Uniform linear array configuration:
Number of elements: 16
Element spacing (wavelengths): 0.75
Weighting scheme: hamming
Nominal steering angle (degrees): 60
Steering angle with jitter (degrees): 58.581
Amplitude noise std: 0.05
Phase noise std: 0.05

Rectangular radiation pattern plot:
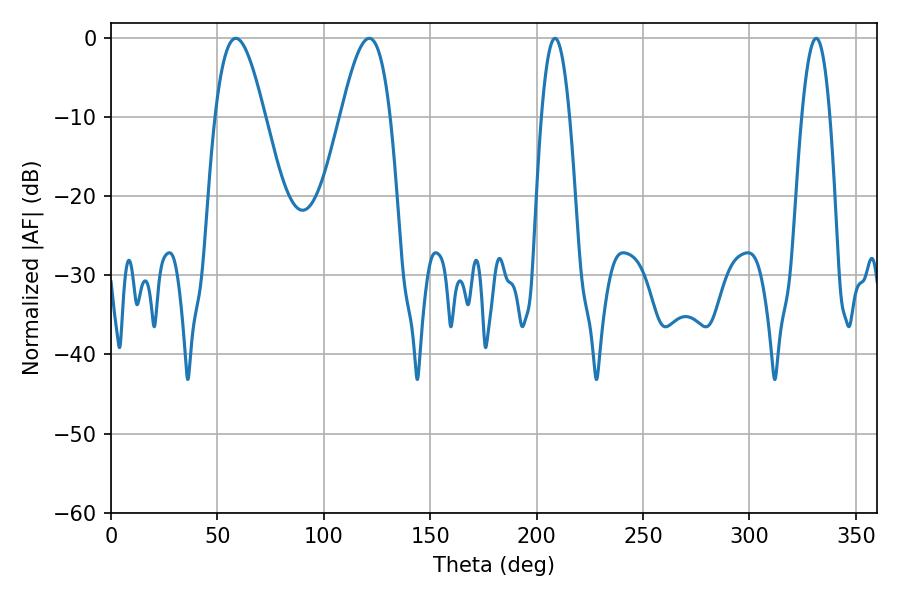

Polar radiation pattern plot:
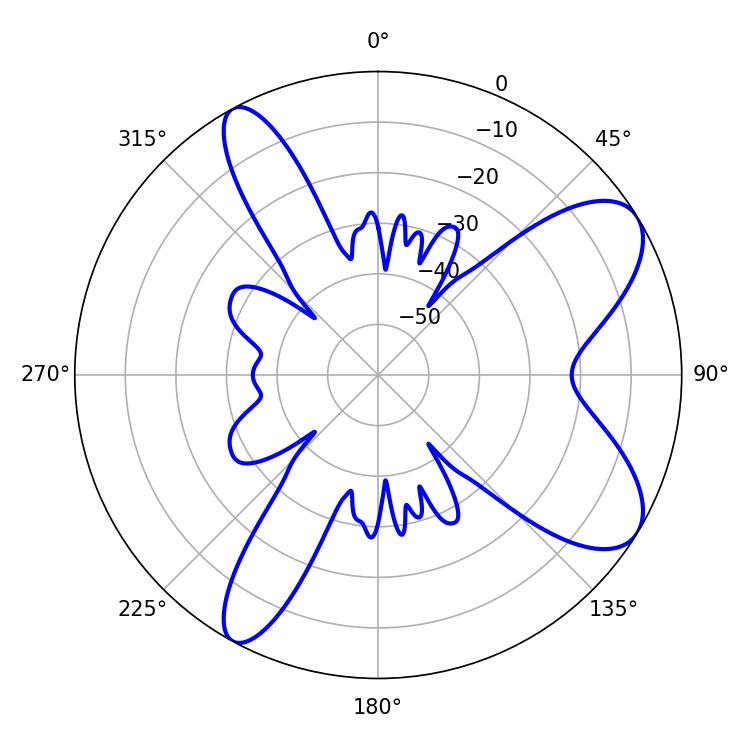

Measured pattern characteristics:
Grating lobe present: TRUE
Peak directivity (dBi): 8.45
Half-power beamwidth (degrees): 12.6
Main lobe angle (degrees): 58.68